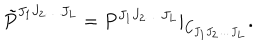
LaTeX: { \tilde { P } } ^ { J _ { 1 } J _ { 2 } \ldots J _ { L } } = P ^ { J _ { 1 } J _ { 2 } \ldots J _ { L } } | _ { C _ { J _ { 1 } J _ { 2 } \ldots J _ { L } } } .